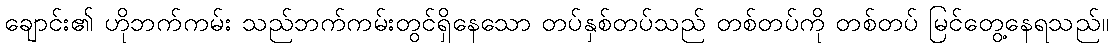
ချောင်း၏ ဟိုဘက်ကမ်း သည်ဘက်ကမ်းတွင်ရှိနေသော တပ်နှစ်တပ်သည် တစ်တပ်ကို တစ်တပ် မြင်တွေ့နေရသည်။